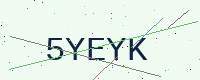
Text: 5YEYK